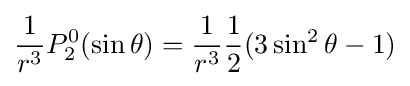
{\frac {1}{r^{3}}}P_{2}^{0}(\sin \theta )={\frac {1}{r^{3}}}{\frac {1}{2}}(3\sin ^{2}\theta -1)